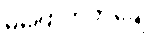
မပြောတတ်ချေ။